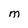
Character: m